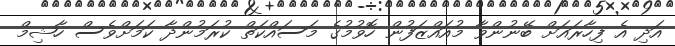
އަދި އެ ފިހާރައަށް ބޭނުންވާ މުއައްޒަފުން ހޮވުމުގެ މަސައްކަތް ކުރަމުންދާ ކަމަށްވެސް ހާޝިމް